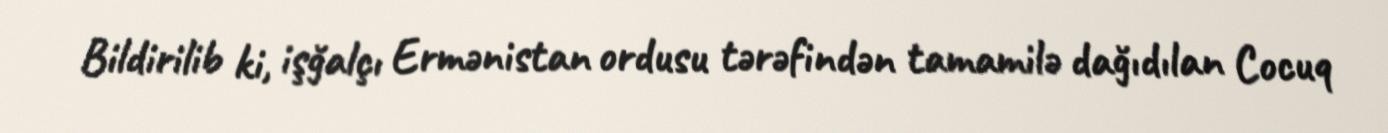
Bildirilib ki, işğalçı Ermənistan ordusu tərəfindən tamamilə dağıdılan Cocuq